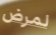
لمرض